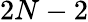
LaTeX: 2N-2